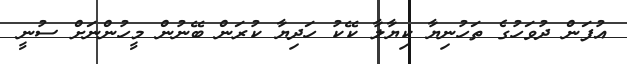
އުފަން ދުވަހުގެ ތަހުނިޔާ ކިޔާލާ ކޭކު ހަދިޔާ ކުރަން ބޭނުން މީހުންނަށް ސުނީ